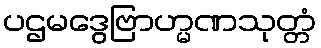
ပဌမဒွေဗြာဟ္မဏသုတ္တံ